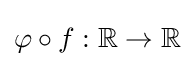
\varphi \circ f:{\mathbb {R} }\rightarrow {\mathbb {R} }